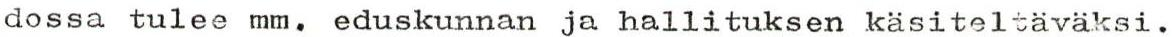
dossa tulee mm. eduskunnan ja hallituksen käsiteltäväksi.